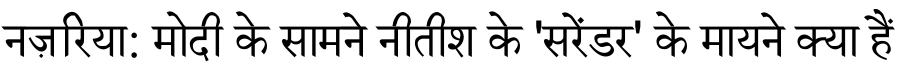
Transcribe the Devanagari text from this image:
नज़रिया: मोदी के सामने नीतीश के 'सरेंडर' के मायने क्या हैं